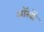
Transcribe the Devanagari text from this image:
ऑखों